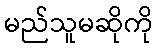
မည်သူမဆိုကို